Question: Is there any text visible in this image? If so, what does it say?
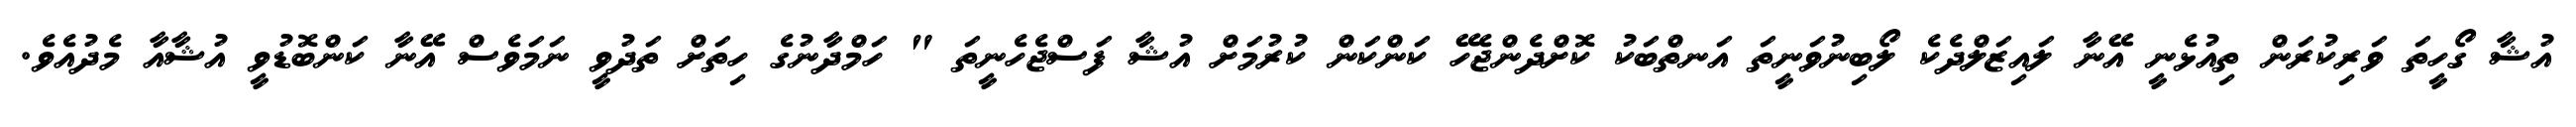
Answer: އުޝާ ގޯހީތަ ވަރިކުރަން ތިއުޅެނީ އޭނާ ލައިޒަލްދެކެ ލޯބިނުވަނީތަ އަނތްބަކު ކޮށްދެންޖެހޭ ކަންކަން ކުރުމަށް އުޝާ ފަސްޖެހެނީތަ " ހަމްދާނުގެ ހިތަށް ތަދުވީ ނަމަވެސް އޭނާ ކަންބޮޑުވީ އުޝާއާ މެދުއެވެ.